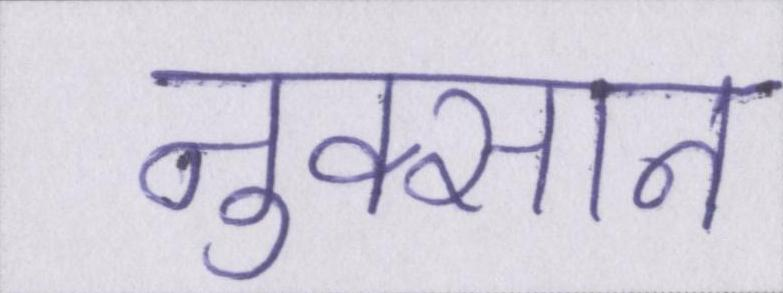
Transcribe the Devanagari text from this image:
नुक्सान